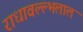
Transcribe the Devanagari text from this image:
राधावल्ल्भलाल